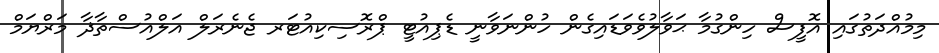
މިމުއްދަތުގައި އޮފީސް ހިންގުމާ ޙަވާލުވެވަޑައިގެން ހުންނަވާނީ ޑެޕިއުޓީ ޕްރޮސިކިއުޓަރ ޖެނެރަލް އަލްއުސްތާޛާ މަރްޔަމް